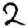
Digit: 2